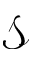
\mathcal S